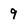
Character: 9